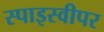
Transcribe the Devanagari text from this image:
स्पाइस्वीपर